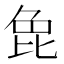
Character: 𭯍